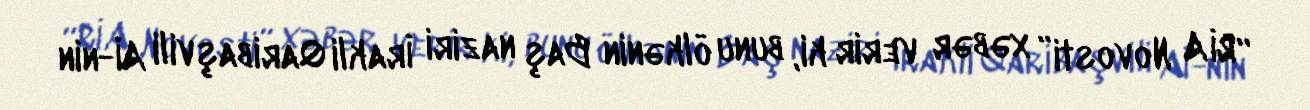
“RİA Novosti” xəbər verir ki, bunu ölkənin Baş naziri İrakli Qaribaşvili Aİ-nin